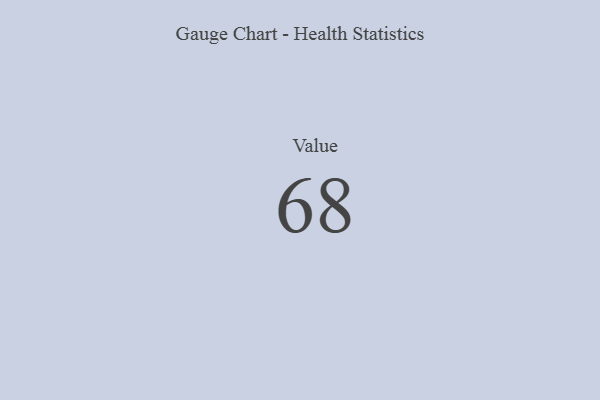
{"axis": {"x": "Metric", "y": "Value"}, "legend": [""], "data": [{"x": "Value", "y": 68, "type": ""}]}